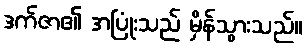
ဒက်ဇာ၏ အပြုံးသည် မှိန်သွားသည်။